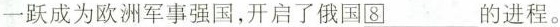
一跃成为欧洲军事强国，开启了俄国___的进程。